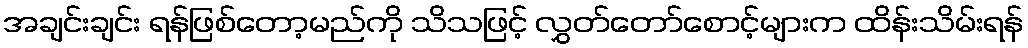
အချင်းချင်း ရန်ဖြစ်တော့မည်ကို သိသဖြင့် လွှတ်တော်စောင့်များက ထိန်းသိမ်းရန်